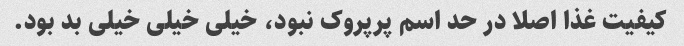
کیفیت غذا اصلا در حد اسم پرپروک نبود، خیلی خیلی خیلی بد بود.